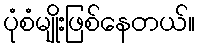
ပုံစံမျိုးဖြစ်နေတယ်။